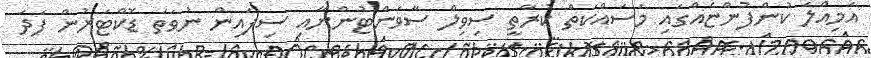
އަމިއްލަ ކުންފުންޏެއްގައި މަސައްކަތް ކުރާތީ ސިވިލް ސާވަންޓުންނާއި ސިފައިން ނުވަތަ ޑޮކްޓަރުން ފަދަ